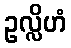
ဥလ္လိဟံ